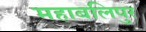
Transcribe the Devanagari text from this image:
महाबलिपुर